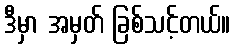
ဒီမှာ အမှတ် ခြစ်သင့်တယ်။